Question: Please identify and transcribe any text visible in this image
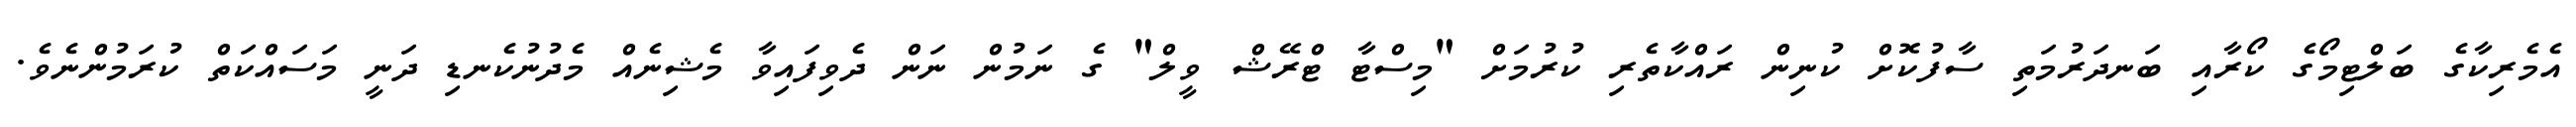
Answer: އެމެރިކާގެ ބަލްޓިމޯގެ ކޯރާއި ބަނދަރުމަތި ސާފުކޮށް ކުނިން ރައްކާތެރި ކުރުމަށް "މިސްޓާ ޓްރޭޝް ވީލް" ގެ ނަމުން ނަން ދެވިފައިވާ މެޝިނެއް މެދުނުކެނޑި ދަނީ މަސައްކަތް ކުރަމުންނެވެ.